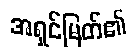
အရှင်မြတ်၏